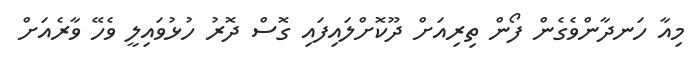
މިއާ ހަނދާންވެގެން ފޯން ތިރިއަށް ދޫކޮށްލައިފައި ގޮސް ދޮރު ހުޅުވައިލީ ވެހޭ ވާރެއަށް